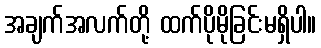
အချက်အလက်တို့ ထက်ပိုမိုခြင်းမရှိပါ။